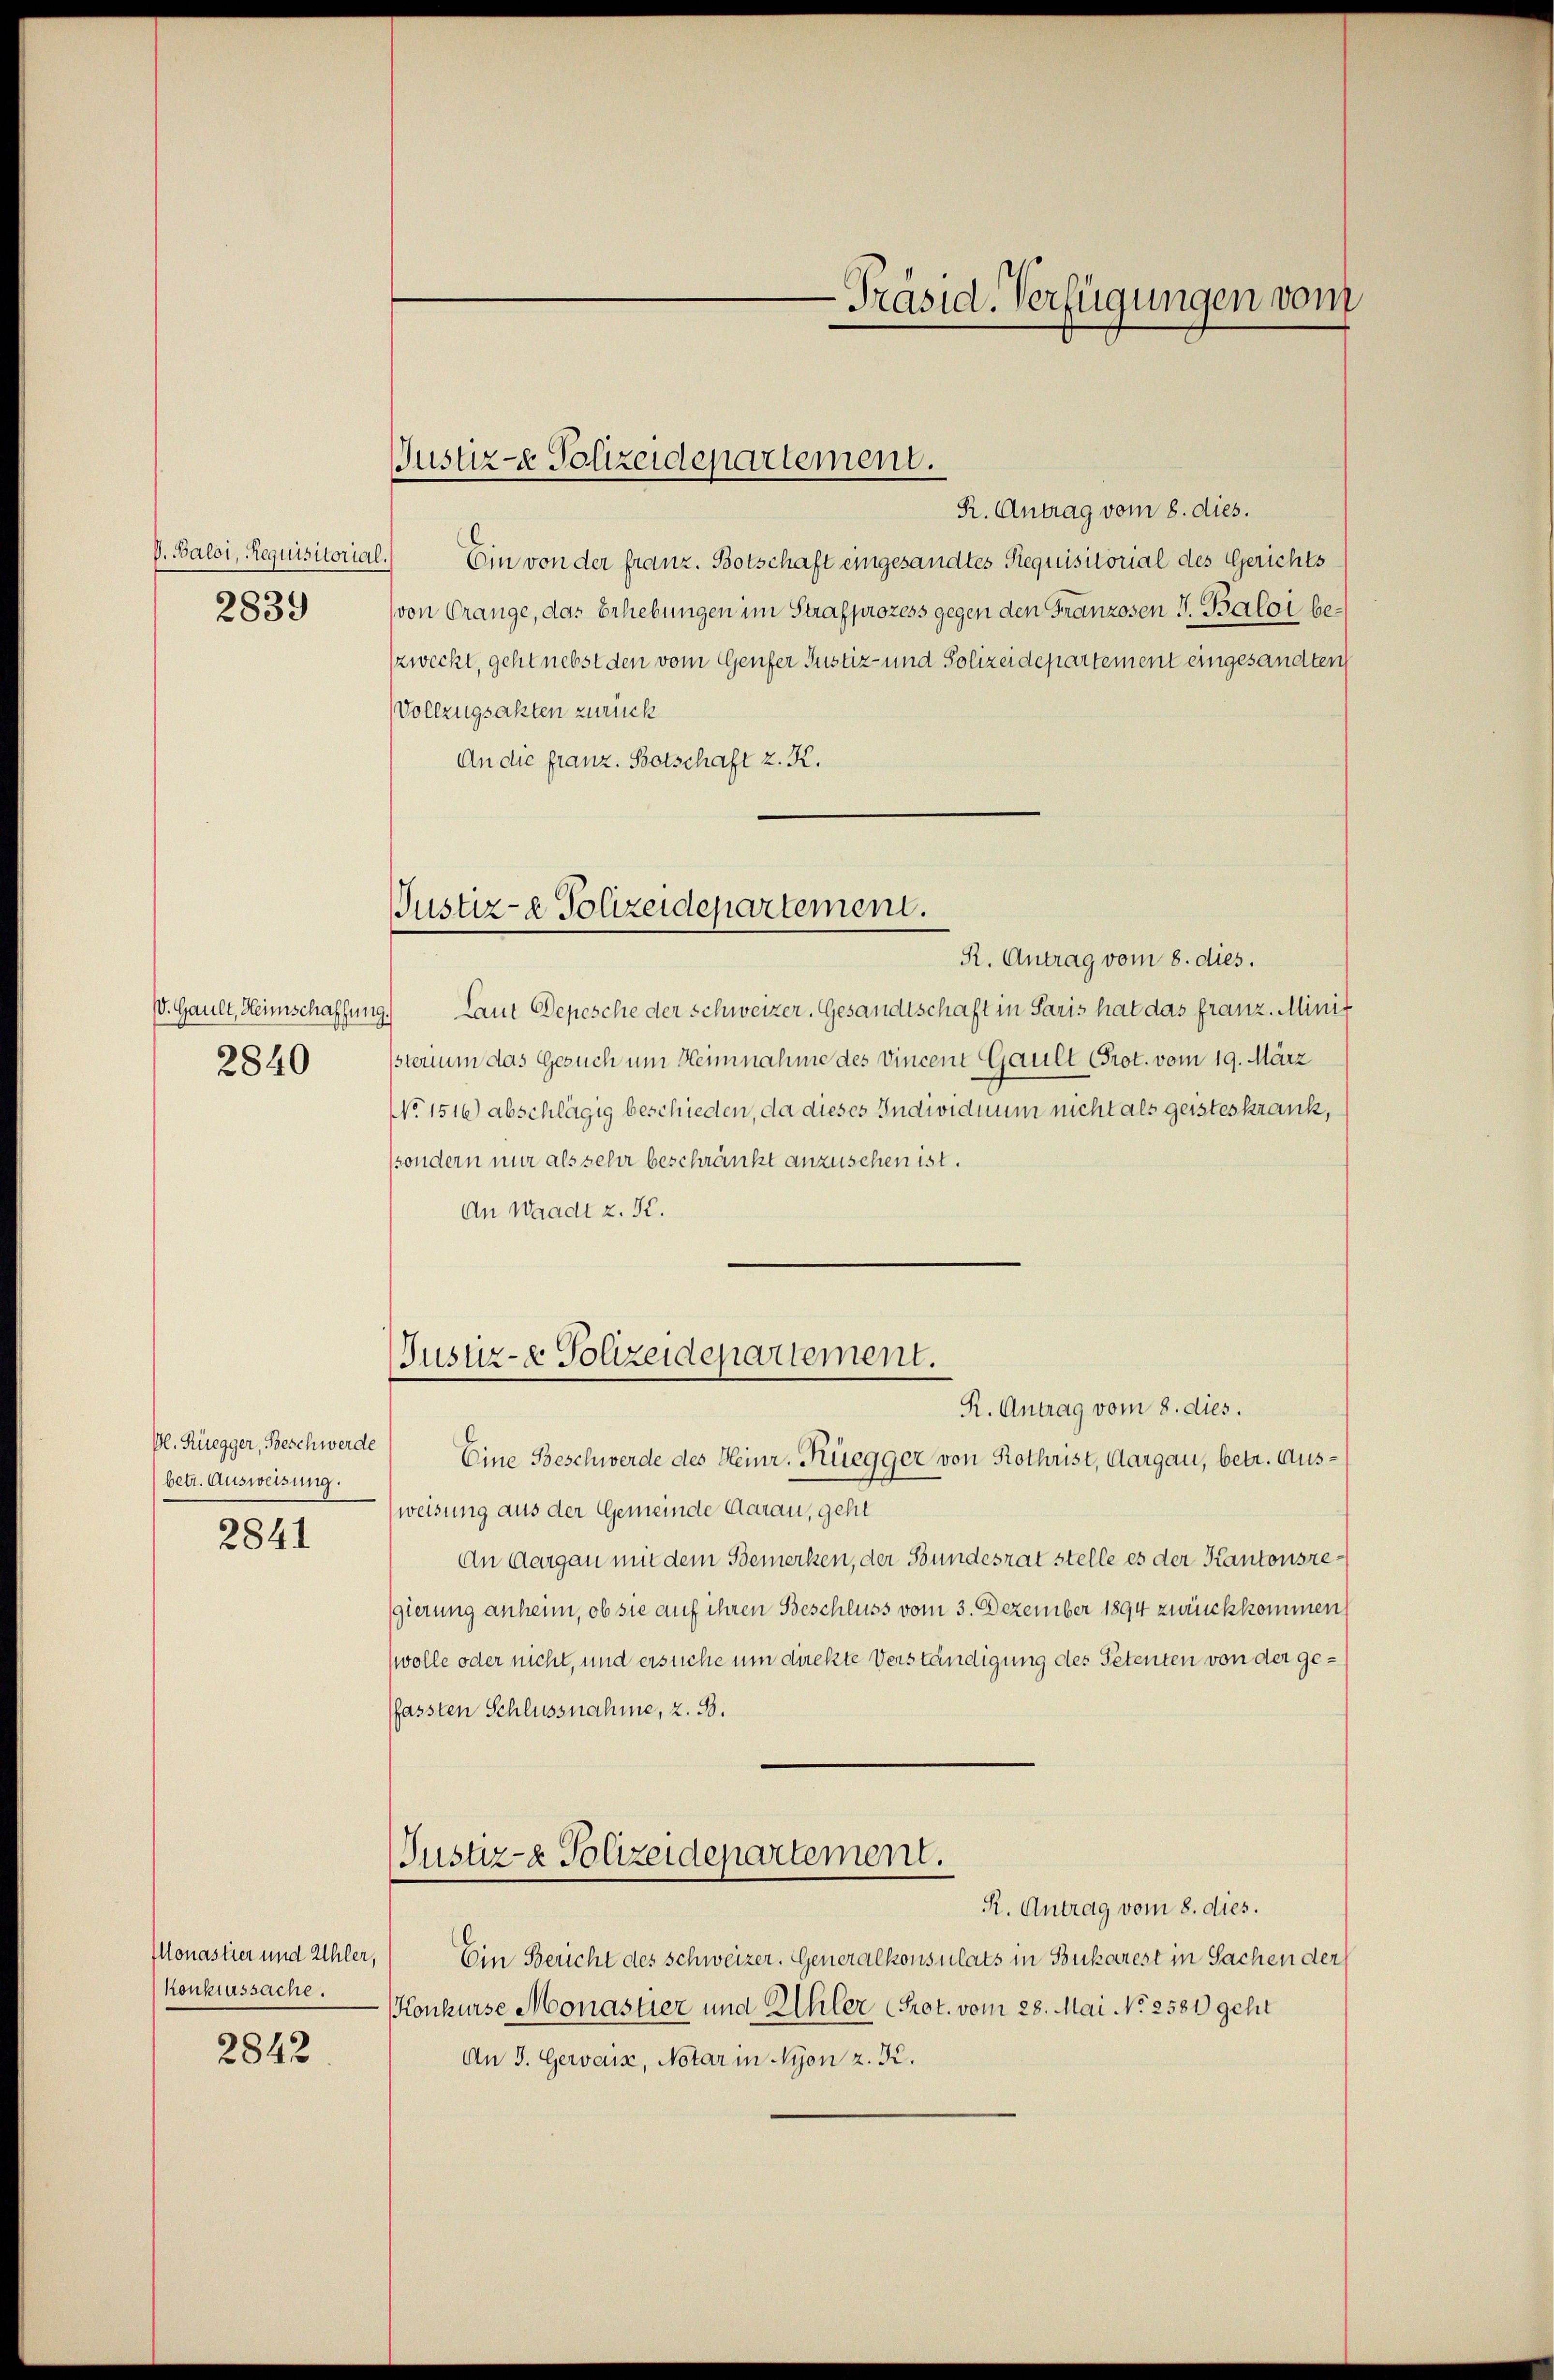
V. Baloi, Requisitorial.
2839

V. Gault, Heimschaffun
2840

betr. Ausweisung.
2841

konkurssache.
2842

Justiz- Polizeidepartement.

R. Antrag vom 8. dies.
Ein von der franz. Botschaft eingesandtes Requisitorial des Gerichts
(von Grange, das Erhebungen im Strafprozess gegen den Franzosen J. Baloi beszweckt, geht nebst den vom Genfer Justiz- und Polizeidepartement eingesandten
Vollzugsakten zurück
An die franz. Botschaft z. K.
Justiz- & Polizeidepartement.
R. Antrag vom 8. dies.
Laut Depesche der Schweizer. Gesandtschaft in Paris hat das franz. Minit
sterium das Gesuch um Heimnahme des Vincent Gault Prot. vom 19. März
NNo. 1516) abschlägig beschieden, da dieses Individuum nicht als geisteskrank,
ssondern nur als sehr beschränkt anzusehen ist.
An Waadt z. K.

Justiz- & Polizeidepartement.

R. Antrag vom 8. dies.
Bl. Rüegger, Beschwerde Eine Beschwerde des Heinr. Rüegger von Rothrist, Aargau, betr. Ausweisung aus der Gemeinde Aarau, geht
An Aargau mit dem Bemerken, der Bundesrat stelle es der Kantonsregierung anheim, ob sie auf ihren Beschluss vom 3. Dezember 1894 zurückkommen
wolle oder nicht, und ersuche um direkte Verständigung des Petenten von der geffassten Schlussnahme, z. B.
Justiz- & Polizeidepartement.
R. Antrag vom 8. dies.
Monastier und Ahler, Ein Bericht des Schweizer. Generalkonsulats in Bukarest in Sachen der
Konkurse Monastier und Ehler (Prot. vom 28. Mai No 2581) geht
An 3. Geweis, Notar in Nyon z. K.

Präsid. Verfügungen vom